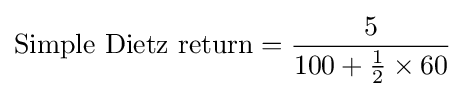
{\text{Simple Dietz return}}={\frac {5}{100+{\frac {1}{2}}\times 60}}